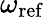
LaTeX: \omega_{\mathrm{ref}}